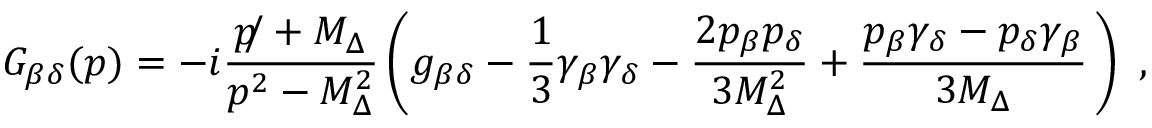
G _ { \beta \delta } ( p ) = - i \frac { p \! \! / + M _ { \Delta } } { p ^ { 2 } - M _ { \Delta } ^ { 2 } } \, \biggl ( g _ { \beta \delta } - \frac { 1 } { 3 } \gamma _ { \beta } \gamma _ { \delta } - \frac { 2 p _ { \beta } p _ { \delta } } { 3 M _ { \Delta } ^ { 2 } } + \frac { p _ { \beta } \gamma _ { \delta } - p _ { \delta } \gamma _ { \beta } } { 3 M _ { \Delta } } \, \biggr ) \, \, \, ,